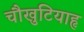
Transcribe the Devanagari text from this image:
चौखुटियाहृ